Civil Veterinary Department. Madras. Admin. report 1926-33 - 1926-1933
Year: 1926
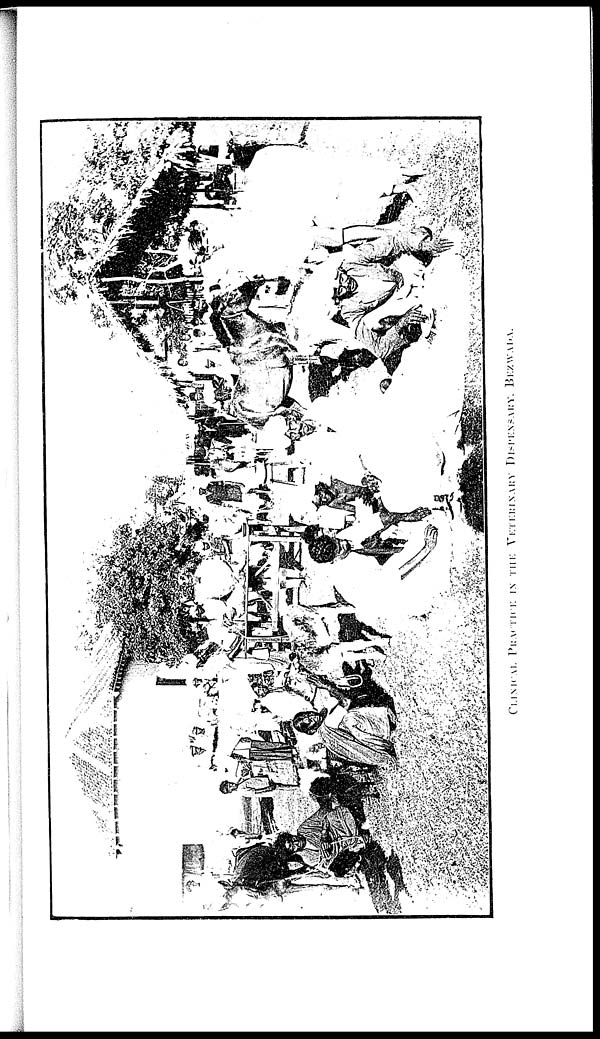
CLINICAL PRACTICE
IN THE
VETERINARY DISPENSARY. BEZWADA.